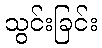
သွင်းခြင်း